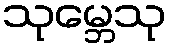
သုမ္ဘေသု